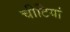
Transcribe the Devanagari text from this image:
चीटियां